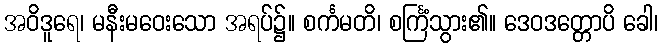
အဝိဒူရေ၊ မနီးမဝေးသော အရပ်၌။ စင်္ကမတိ၊ စင်္ကြံသွား၏။ ဒေဝဒတ္တောပိ ခေါ၊